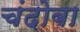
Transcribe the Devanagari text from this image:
चंदोबा